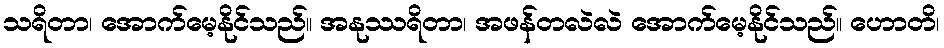
သရိတာ၊ အောက်မေ့နိုင်သည်။ အနုဿရိတာ၊ အဖန်တလဲလဲ အောက်မေ့နိုင်သည်။ ဟောတိ၊